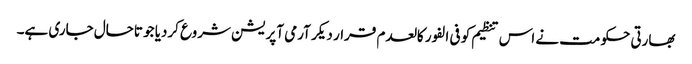
بھارتی حکومت نے اس تنظیم کو فی الفور کالعدم قرار دیکر آرمی آپریشن شروع کردیا جو تاحال جاری ہے۔